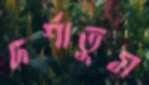
দর্শাতুম